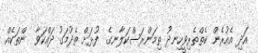
އަދި އެއުރެން ކެތްތެރިވީހިނދު ތިމަންރަސްކަލާނގެ  ފުޅަށް ތެދުމަގު ދައްކަވާ  ންތަކެއް